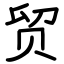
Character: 贸